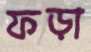
ফড়া